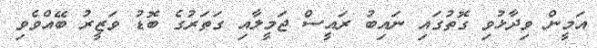
އަމީން ވިދާޅުވި ގޮތުގައި ނައިބު ރައީސް ޖަމީލާއި ގަތަރުގެ ބޮޑު ވަޒީރު ބޭއްވެވި